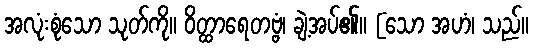
အလုံးစုံသော သုတ်ကို။ ဝိတ္ထာရေတဗ္ဗံ၊ ချဲ့အပ်၏။ [သော အဟံ၊ သည်။